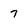
Character: 7